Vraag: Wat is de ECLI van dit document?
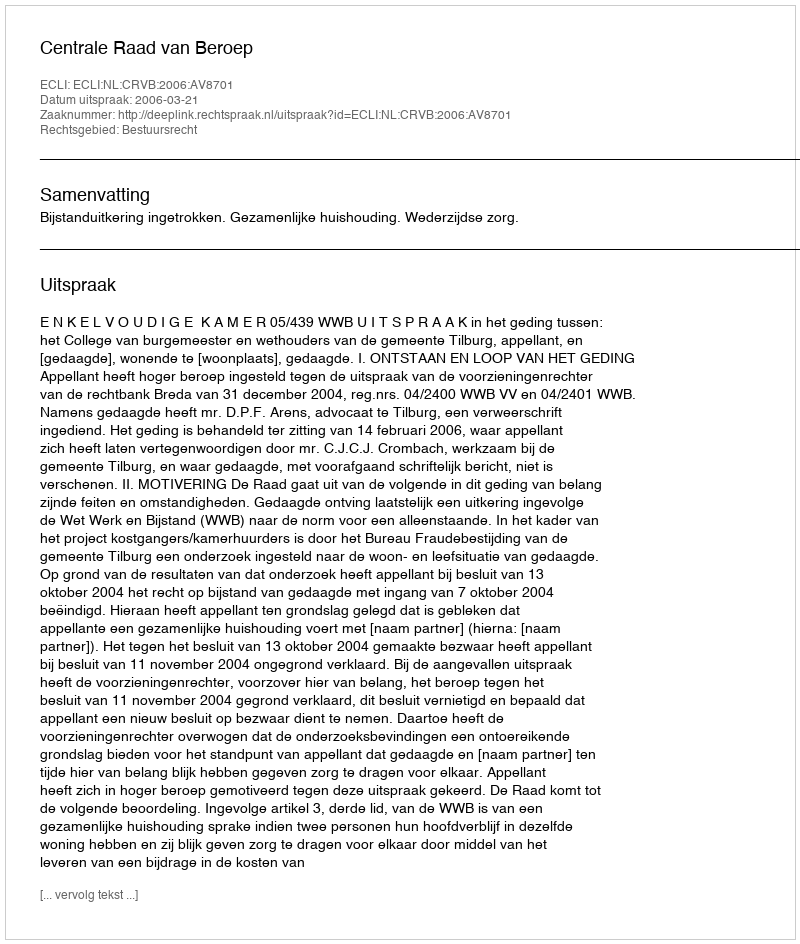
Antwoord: ECLI:NL:CRVB:2006:AV8701